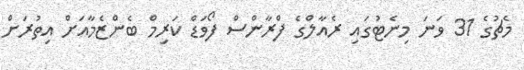
މެޗުގެ 31 ވަނަ މިނެޓުގައި ރެއާލްގެ ފްރާންސް ފޯވަޑް ކަރިމް ބެންޒެމާއަށް އިތުރަށް